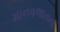
માનવજાતના